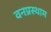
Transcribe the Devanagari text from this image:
वनप्रस्थाम